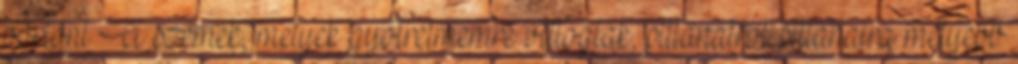
börtönt A szemek, melyek gyötrelmemre villogtak, pillanatról pillanatra mélyebb